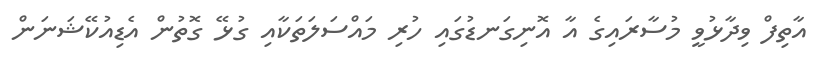
އާތިފް ވިދާޅުވީ މުސާރައިގެ އާ އޮނިގަނޑުގައި ހުރި މައްސަލަތަަކާއި ގުޅޭ ގޮތުން އެޑިއުކޭޝަނަން